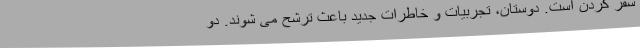
سفر کردن است. دوستان، تجربیات و خاطرات جدید باعث ترشح می شوند. دو